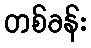
တစ်ခန်း